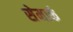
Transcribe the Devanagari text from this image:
सेमार्क